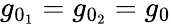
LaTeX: g_{0_{1}}=g_{0_{2}}=g_{0}